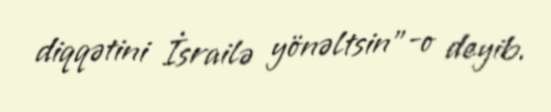
diqqətini İsrailə yönəltsin”-o deyib.